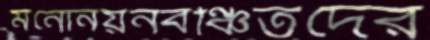
মনোনয়নবঞ্চিতদের